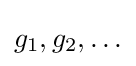
g_{1},g_{2},\ldots